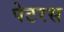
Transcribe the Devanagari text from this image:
पेटरस